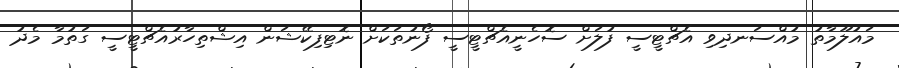
މައުލޫމާތު މުއްސަނދިވި އެޗްޓީސީ ފުލަށް ސޮހެނީއެޗްޓީސީ ފޯނުތަކަށް ނޮޓިފިކޭޝަން އިޝްތިހާރުއެޗްޓީސީ ގަތުމާ މެދު